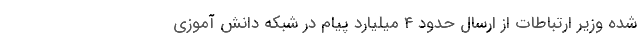
شده وزیر ارتباطات از ارسال حدود ۴ میلیارد پیام در شبکه دانش آموزی